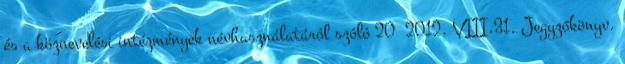
és a köznevelési intézmények névhasználatáról szóló 20 2012. VIII.31. Jegyzőkönyv.